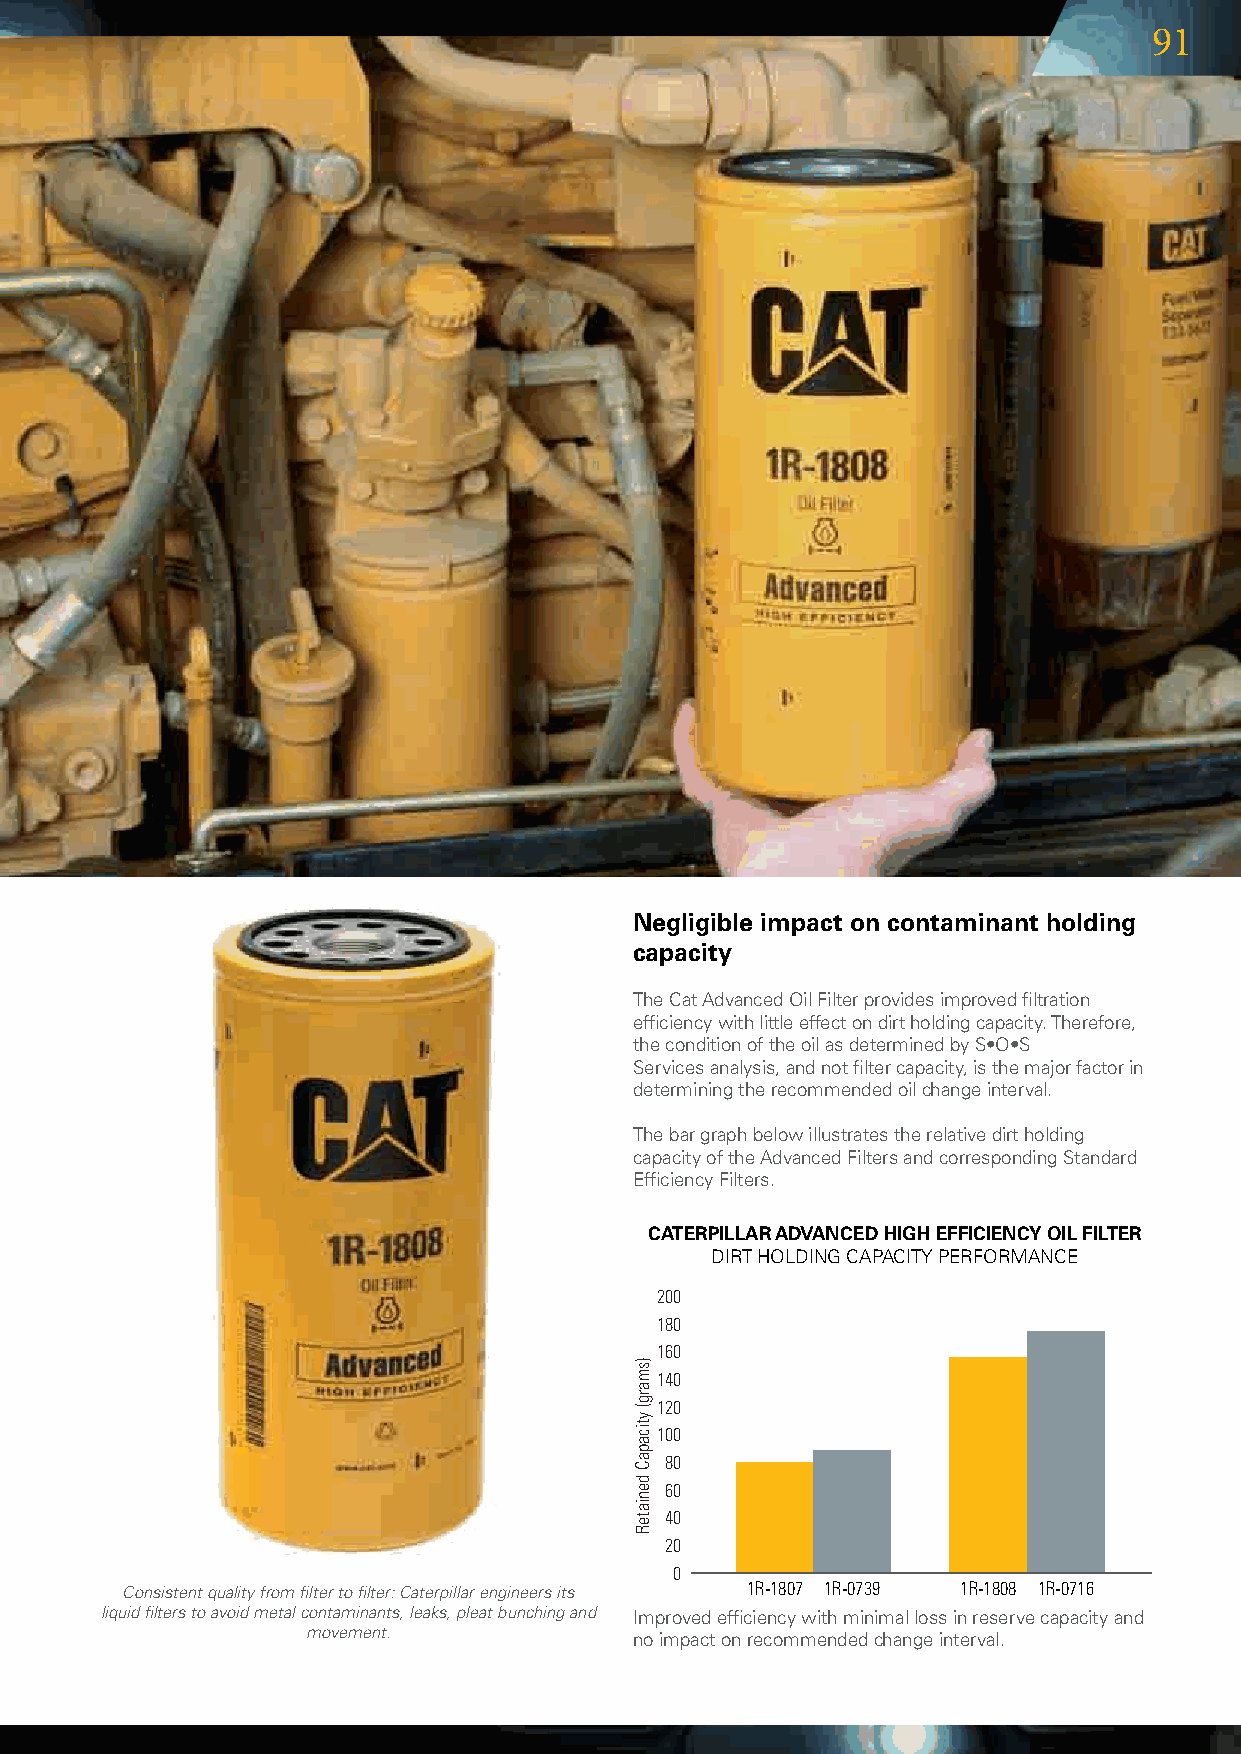
91
 Negligible impact on contaminant holding
 capacity
 TheCatAdvancedOilFilterprovidesimprovedfiltration
 efficiencywithlittleeffectondirtholdingcapacity.Therefore,
 theconditionoftheoilasdeterminedbyS•O•S
 Servicesanalysis,andnotfiltercapacity,isthemajorfactorin
 determiningtherecommendedoilchangeinterval.
 Thebargraphbelowillustratestherelativedirtholding
 capacityoftheAdvancedFiltersandcorrespondingStandard
 EfficiencyFilters.
 CATERPILLAR ADVANCED HIGH EFFICIENCY OIL FILTER
 DIRTHOLDINGCAPACITYPERFORMANCE
 200
 180
 160
 140
 120
 100
 80
 60
 40
 20
 0
 Consistent quality from filter to filter: Caterpillar engineers its 1R-1807 1R-0739 1R-1808 1R-0716
 liquid filters to avoid metal contaminants, leaks, pleat bunching and Improvedefficiencywithminimallossinreservecapacityand
 movement.
 noimpactonrecommendedchangeinterval.
 )smarg(
 yticapaC
 deniateR